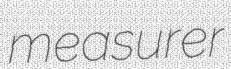
measurer